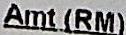
AMT (RM)